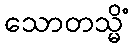
သောတသ္မိံ